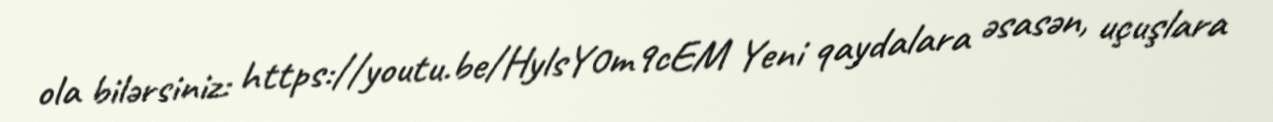
ola bilərsiniz: https://youtu.be/HylsY0m9cEM Yeni qaydalara əsasən, uçuşlara